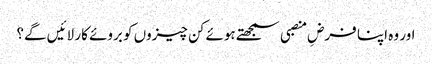
اور وہ اپنا فرضِ منصبی سمجھتے ہوئے کن چیزوں کو بروئے کار لائیں گے؟